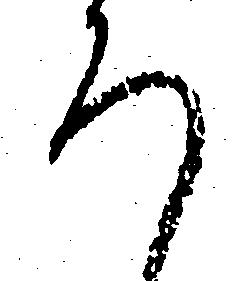
ろ